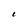
Character: 1